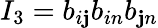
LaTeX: I_{3}=b_{i\mathbf{j}}b_{in}b_{\mathbf{j}n}